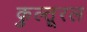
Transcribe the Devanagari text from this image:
कुल्तूरल